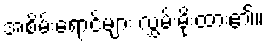
အစိမ်းရောင်များ လွှမ်းမိုးထား၏။